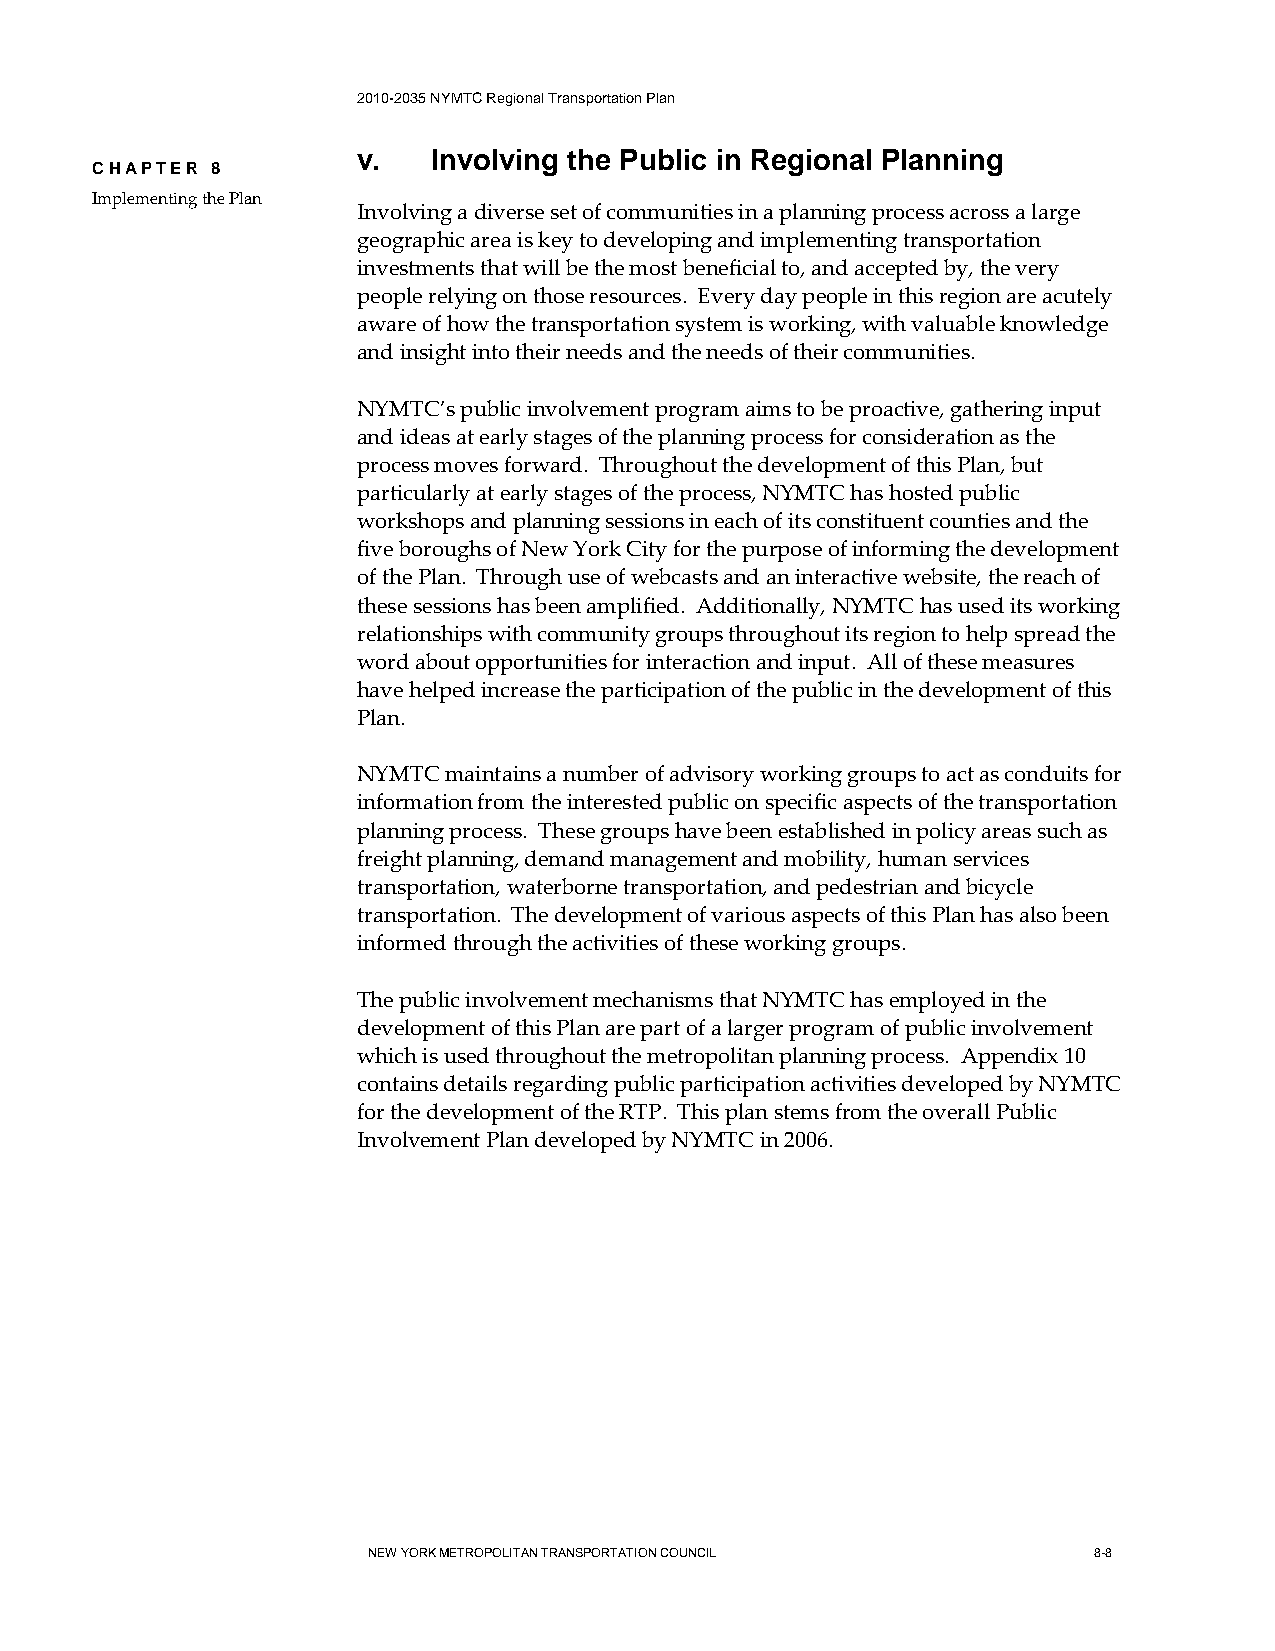
2010-2035 NYMTC Regional Transportation Plan
 v.   Involving the Public in Regional Planning
 CHAPTER 8
 Implementing the Plan
 Involving a diverse set of communities in a planning process across a large
 geographic area is key to developing and implementing transportation
 investments that will be the most beneficial to, and accepted by, the very
 people relying on those resources. Every day people in this region are acutely
 aware of how the transportation system is working, with valuable knowledge
 and insight into their needs and the needs of their communities.
 NYMTC’s public involvement program aims to be proactive, gathering input
 and ideas at early stages of the planning process for consideration as the
 process moves forward. Throughout the development of this Plan, but
 particularly at early stages of the process, NYMTC has hosted public
 workshops and planning sessions in each of its constituent counties and the
 five boroughs of New York City for the purpose of informing the development
 of the Plan. Through use of webcasts and an interactive website, the reach of
 these sessions has been amplified. Additionally, NYMTC has used its working
 relationships with community groups throughout its region to help spread the
 word about opportunities for interaction and input. All of these measures
 have helped increase the participation of the public in the development of this
 Plan.
 NYMTC maintains a number of advisory working groups to act as conduits for
 information from the interested public on specific aspects of the transportation
 planning process. These groups have been established in policy areas such as
 freight planning, demand management and mobility, human services
 transportation, waterborne transportation, and pedestrian and bicycle
 transportation. The development of various aspects of this Plan has also been
 informed through the activities of these working groups.
 The public involvement mechanisms that NYMTC has employed in the
 development of this Plan are part of a larger program of public involvement
 which is used throughout the metropolitan planning process. Appendix 10
 contains details regarding public participation activities developed by NYMTC
 for the development of the RTP. This plan stems from the overall Public
 Involvement Plan developed by NYMTC in 2006.
 NEW YORK METROPOLITAN TRANSPORTATION COUNCIL    8-8